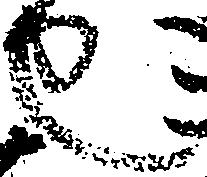
也